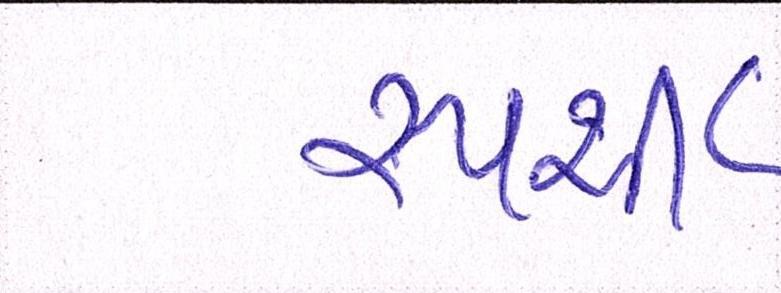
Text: સ્પર્શી